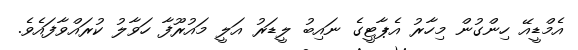
އެމްޑީއޭ ހިންގުން މިހާރު އެޕާޓީގެ ނައިބު ލީޑަރު އަލީ މައުރޫފާ ހަވާލު ކުރައްވާފައެވެ.